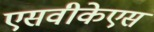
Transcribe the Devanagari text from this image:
एसवीकेएस